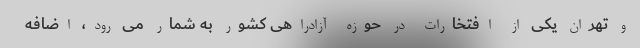
و تهران یکی از افتخارات در حوزه آزادراهی کشور به شمار می رود، اضافه